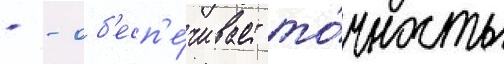
- - об'есп'е́чивает то́чность